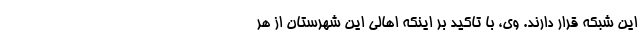
این شبکه قرار دارند. وی، با تاکید بر اینکه اهالی این شهرستان از هر